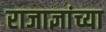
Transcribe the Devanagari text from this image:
राजाज्ञांच्या